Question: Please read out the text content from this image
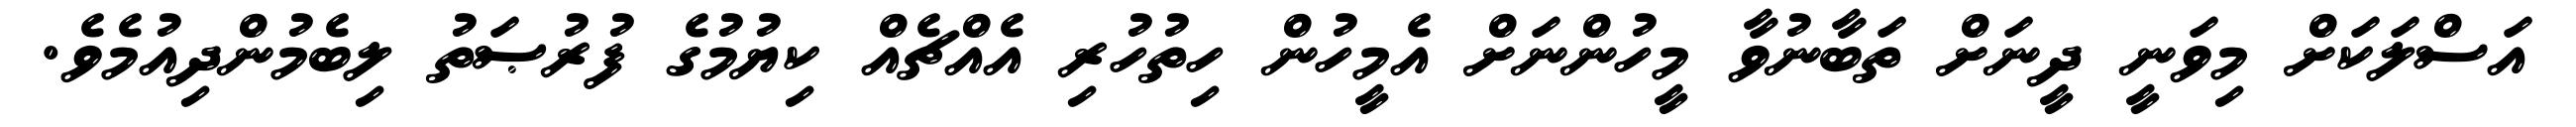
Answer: އަސްލަކަށް މިވަނީ ދީނަށް ތަބާނުވާ މީހުންނަށް އެމީހުން ހިތުހުރި އެއްޗެއް ކިޔުމުގެ ފުރުޞަތު ލިބެމުންދިއުމެވެ.